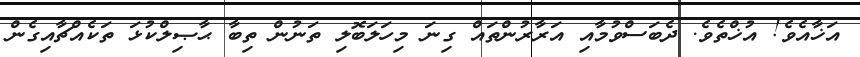
އަޚާއެވެ! އުޚްތެވެ. ދެބަސްވުމާއި އަރާރުންތައް ގިނަ މިހަލަބޮލި ތަނުން ތިބާ ޙާޞިލްކުޅަ ތަކެއްޗާއިގެން